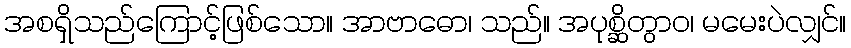
အစရှိသည်ကြောင့်ဖြစ်သော။ အာဗာဓော၊ သည်။ အပုစ္ဆိတွာဝ၊ မမေးပဲလျှင်။